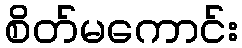
စိတ်မကောင်း